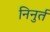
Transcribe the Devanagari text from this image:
निनुर्त